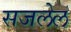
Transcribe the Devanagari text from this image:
सजलेलं